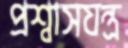
প্রশ্বাসযন্ত্র